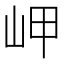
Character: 岬